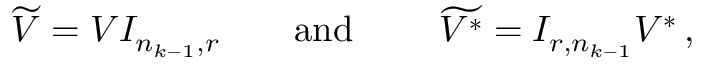
\begin{array} { r } { \widetilde { V } = V I _ { n _ { k - 1 } , r } \qquad \mathrm { a n d } \qquad \ \widetilde { V ^ { * } } = I _ { r , n _ { k - 1 } } V ^ { * } \, , } \end{array}